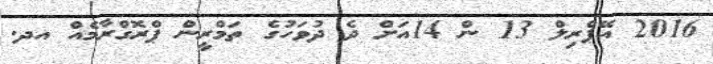
2016 އޭޕްރިލް 13 ން 14އަށް ދެ ދުވަހުގެ ތަމްރީން ޕްރޮގްރާމެއް އދ.